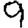
Digit: 9